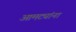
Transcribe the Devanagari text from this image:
आमट्यांना